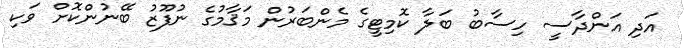
އަދި އަންދާސީ ހިސާބު ބަލާ ކޮމިޓީގެ މެންބަރުން މަޤާމުގެ ނުފޫޒު ބޭނުންކޮށް ވަކި